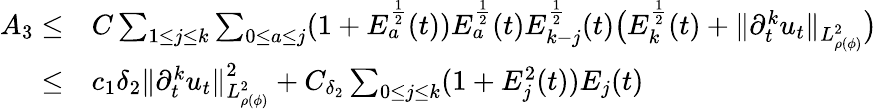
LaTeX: \begin{array}{rl}{A_{3}\leq}&{C\sum_{1\leq j\leq k}\sum_{0\leq a\leq j}(1+E_{a}^{\frac{1}{2}}(t))E_{a}^{\frac{1}{2}}(t)E_{k-j}^{\frac{1}{2}}(t)\big(E_{k}^{\frac{1}{2}}(t)+\| \partial_{t}^{k}u_{t}\| _{L_{\rho(\phi)}^{2}}\big)}\\ {\leq}&{c_{1}\delta_{2}\| \partial_{t}^{k}u_{t}\| _{L_{\rho(\phi)}^{2}}^{2}+C_{\delta_{2}}\sum_{0\leq j\leq k}(1+E_{j}^{2}(t))E_{j}(t)}\end{array}